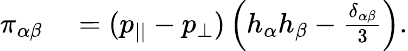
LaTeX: \begin{array}{rl}{\pi_{\alpha\beta}}&{{}=(p_{||}-p_{\perp})\left(h_{\alpha}h_{\beta}-\frac{\delta_{\alpha\beta}}{3}\right).}\end{array}